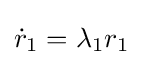
{\dot {r}}_{1}=\lambda _{1}r_{1}